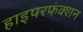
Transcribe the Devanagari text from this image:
हाइपरफंक्शन